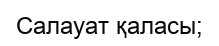
Салауат қаласы;